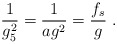
\begin{align*} \frac{1}{g_5^2} = \frac{1}{a g^2} = \frac{f_s}{g}\ .\end{align*}